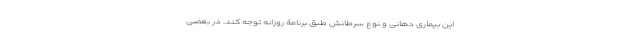
این بیماری دهانی و نوع سرطانش طبق برنامة روزانه توجه کند. در بعضی